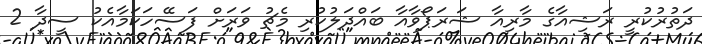
ދަތުރުކުރީ ރަޝިއާގެ މާރިއާ ޝަރަޕޯވާއާ ބައްދަލުކުރި މެޗު ވަރަށް ފަސޭހަކަމާއެކު ސީދާ 2